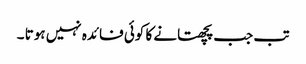
تب جب پچھتانے کا کوئی فائدہ نہیں ہوتا ۔